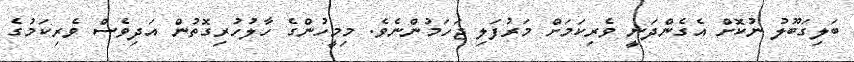
ބަލިގަބޫލު ނުކޮށް އެގެންދަނީ ވެރިކަމަށް މަރުފަލި ޖަހަމުންނެވެ. މިމީހުންގެ ހާލުހުރިގޮތުން އަދިވެސް ވެރިކަމުގެ